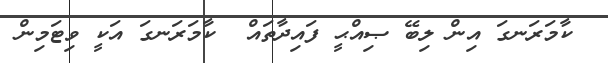
ކާމަރަނގަ އިން ލިބޭ ޞިއްޙީ ފައިދާތައް  ކާމަރަނގަ އަކީ ވިޓަމިން